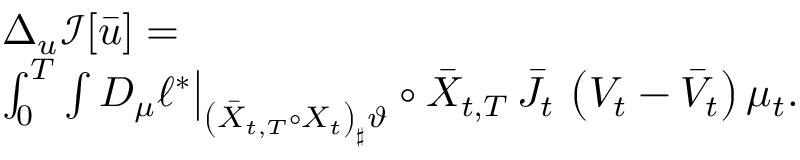
\begin{array} { r l } & { \Delta _ { u } \mathcal I [ \bar { u } ] = } \\ & { \int _ { 0 } ^ { T } \! \d t \int D _ { \mu } \ell ^ { * } \big | _ { \left( \bar { X } _ { t , T } \circ X _ { t } \right) _ { \sharp } \vartheta } \circ \bar { X } _ { t , T } \, \bar { J } _ { t } \, \left( V _ { t } - \bar { V } _ { t } \right) \d \mu _ { t } . } \end{array}